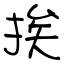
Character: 挨